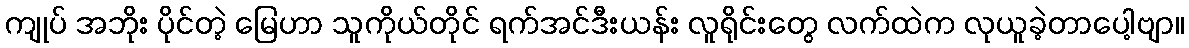
ကျုပ် အဘိုး ပိုင်တဲ့ မြေဟာ သူကိုယ်တိုင် ရက်အင်ဒီးယန်း လူရိုင်းတွေ လက်ထဲက လုယူခဲ့တာပေါ့ဗျာ။